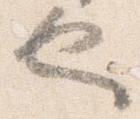
也